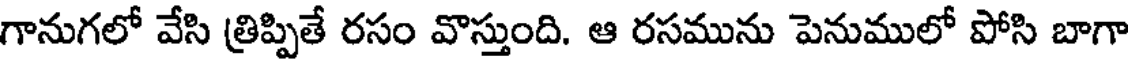
గానుగలో వేసి త్రిప్పితే రసం వొస్తుంది. ఆ రసమును పెనుములో పోసి బాగా